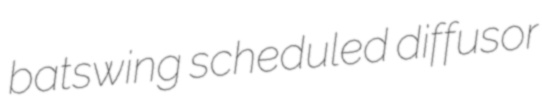
batswing scheduled diffusor